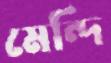
মেন্দি